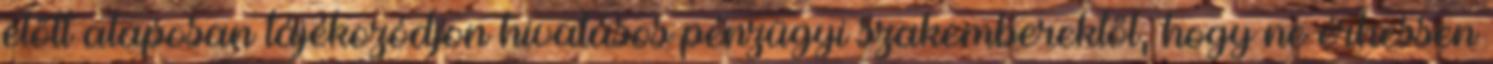
előtt alaposan tájékozódjon hivatásos pénzügyi szakemberektől, hogy ne érhessen